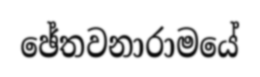
ඡේතවනාරාමයේ